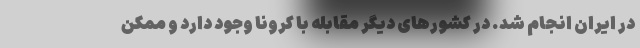
در ایران انجام شد. در کشورهای دیگر مقابله با کرونا وجود دارد و ممکن